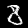
Label: 8